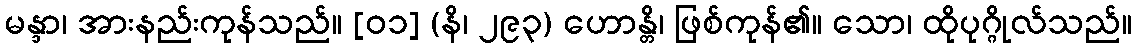
မန္ဒာ၊ အားနည်းကုန်သည်။ [၀၁] (နိ၊ ၂၉၃) ဟောန္တိ၊ ဖြစ်ကုန်၏။ သော၊ ထိုပုဂ္ဂိုလ်သည်။